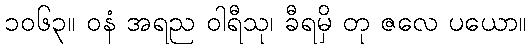
၁၀၆၃။ ဝနံ အရည ဝါရီသု၊ ခီရမှိ တု ဇလေ ပယော။